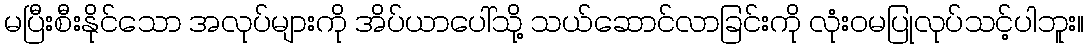
မပြီးစီးနိုင်သော အလုပ်များကို အိပ်ယာပေါ်သို့ သယ်ဆောင်လာခြင်းကို လုံးဝမပြုလုပ်သင့်ပါဘူး။